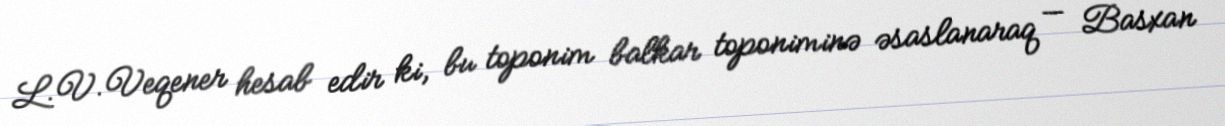
L.V.Veqener hesab edir ki, bu toponim balkar toponiminə əsaslanaraq — Basxan